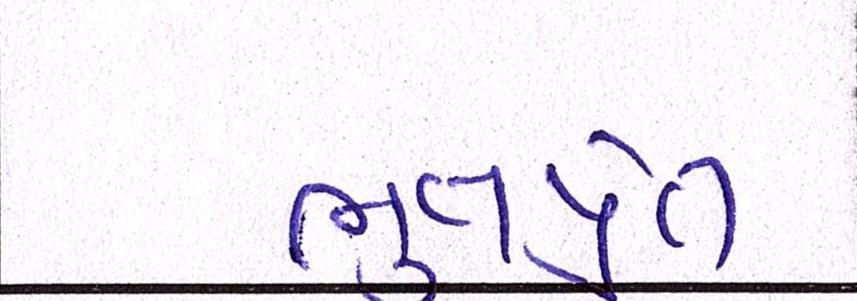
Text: ભુતપ્રેત